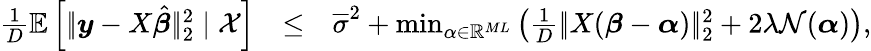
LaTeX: \begin{array}{rlr}{\frac 1D\mathbb E\left[|\! |\boldsymbol{y}-X\hat{\boldsymbol{\beta}}|\! |_{2}^{2}\mid\mathcal X\right]}&{\leq}&{\overline{{\sigma}}^{2}+\operatorname*{min}_{\alpha\in\mathbb R^{ML}}\left(\frac 1D|\! |X(\boldsymbol{\beta}-\boldsymbol{\alpha})|\! |_{2}^{2}+2\lambda\mathcal N(\boldsymbol{\alpha})\right),}\end{array}